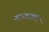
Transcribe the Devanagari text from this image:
गावपाडरि